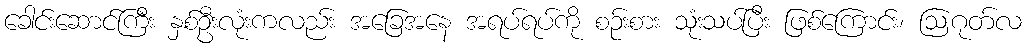
ခေါင်းဆောင်ကြီး နှစ်ဦးလုံးကလည်း အခြေအနေ အရပ်ရပ်ကို စဉ်းစား သုံးသပ်ပြီး ဖြစ်ကြောင်း၊ ဩဂုတ်လ